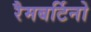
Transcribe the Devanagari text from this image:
रैमबर्टिनो